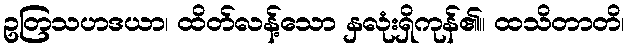
ဥတြသဟဒယာ၊ ထိတ်လန့်သော နှလုံးရှိကုန်၏။ ထသိတာတိ၊